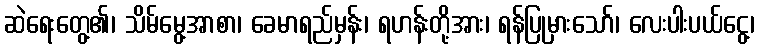
ဆဲရေးတွေ့၏၊ သိမ်မွေ့အာစာ၊ ခေမာရည်မှန်း၊ ရဟန်းတို့အား၊ ရန်ပြုမှားသော်၊ လေးပါးပယ်ငွေ့၊